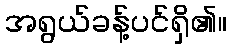
အရွယ်ခန့်ပင်ရှိ၏။